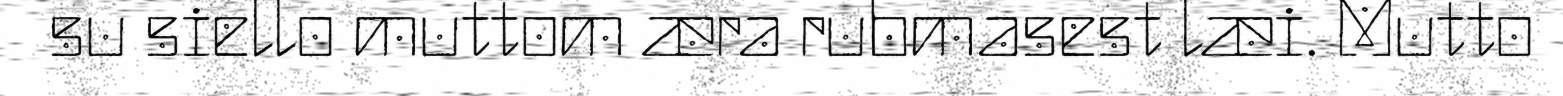
su siello muttom æra rubmasest læi. Mutto